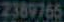
2389765